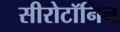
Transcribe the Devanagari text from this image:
सीरोटॉनिन